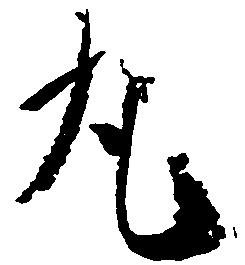
丸